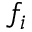
f _ { i }